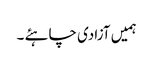
ہمیں آزادی چاہئے ۔